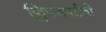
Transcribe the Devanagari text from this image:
फ्लिपकार्टची